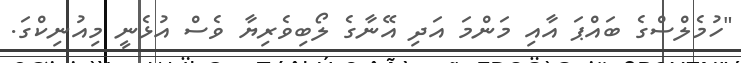
"ހުމެލްސްގެ ބައްޕަ އާއި މަންމަ އަދި އޭނާގެ ލޯބިވެރިޔާ ވެސް އުޅެނީ މިއުނިކްގަ.